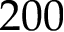
2 0 0